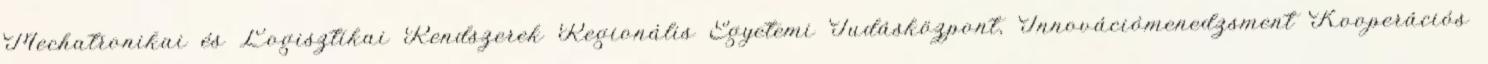
Mechatronikai és Logisztikai Rendszerek Regionális Egyetemi Tudásközpont, Innovációmenedzsment Kooperációs